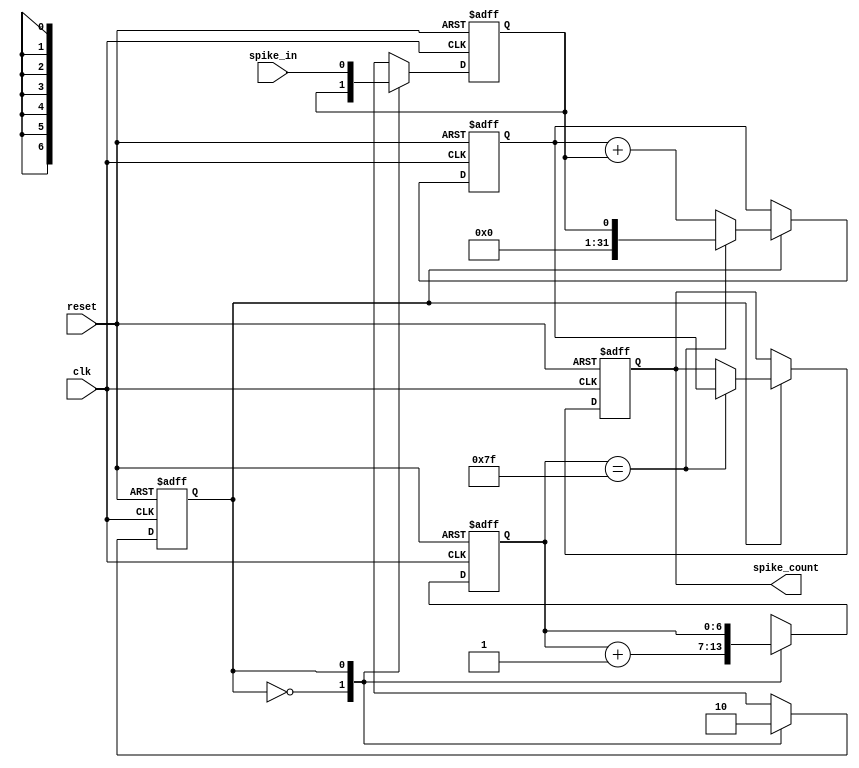
`timescale 1ns / 1ps
//////////////////////////////////////////////////////////////////////////////////
// Company: 
// Engineer: 
// 
// Design Name: 
// Module Name:    spike_counter 
// Project Name: 
// Target Devices: 
// Tool versions: 
// Description: 
//
// Dependencies: 
//
// Revision: 
// Revision 0.01 - File Created
// Additional Comments: 
//
//////////////////////////////////////////////////////////////////////////////////
module spike_counter(
                        input wire clk,
                        input wire reset,
                        input wire spike_in,
                        output reg [31:0] spike_count
    );

    reg spike;
    reg state;
    reg [6:0] neuron_index;
    reg [31:0] count;
    always @ (posedge clk or posedge reset)
    begin
        if (reset) begin
            state <= 1;
            neuron_index<=0;
            spike <= 0;
        end else begin
            case(state)
                0:  begin
                    neuron_index <= neuron_index + 1;
                    state <= 1;
                    spike <= spike;
                    end
                1:  begin
                    neuron_index <= neuron_index;
                    state <= 0;
                    spike <= spike_in;
                    end
             endcase
        end
    end
    
    wire reset_bar;
assign reset_bar = ~reset;

always @ (negedge clk or negedge reset_bar) begin
    if (~reset_bar) begin
       count <= 0;
       spike_count <= 0;
    end else begin
        if (state) begin
            count <= count + spike;
            if (neuron_index == 7'h7f) begin
                count <= spike;
                spike_count <= count;
            end
        end
    end
end
    
endmodule